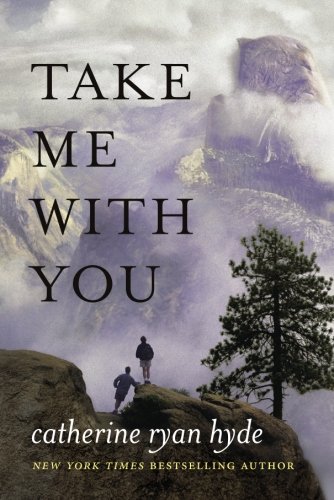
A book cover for Take Me With You; Catherine Ryan Hyde; Literature & Fiction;